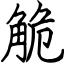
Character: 觤